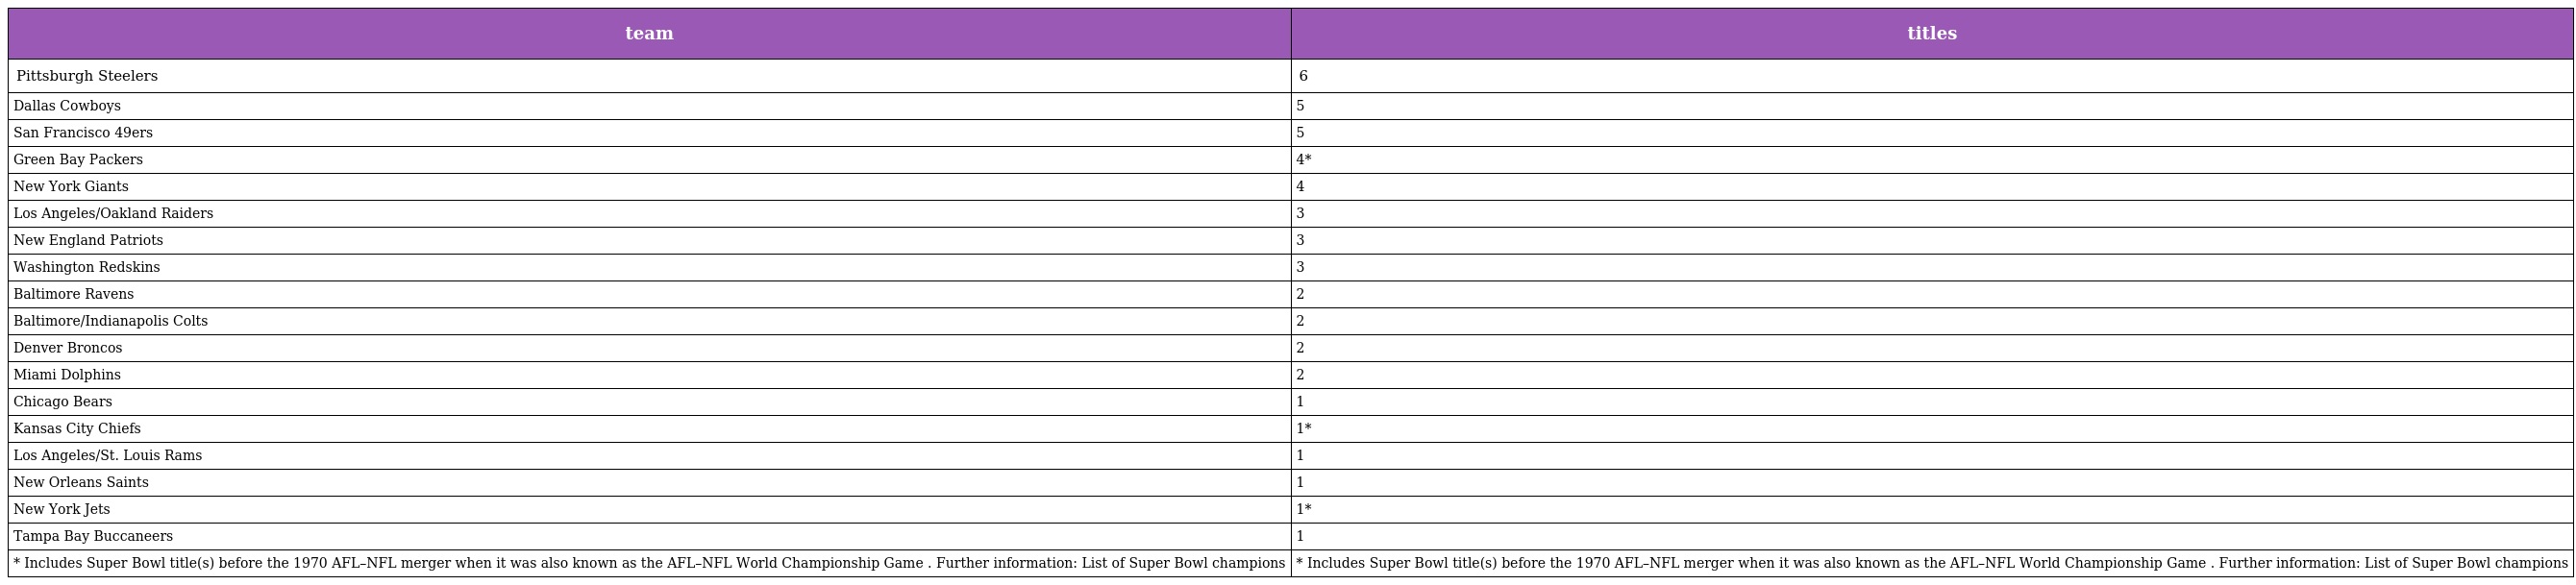
| team | titles |
 | --- | --- |
 | Pittsburgh Steelers | 6 |
 | Dallas Cowboys | 5 |
 | San Francisco 49ers | 5 |
 | Green Bay Packers | 4* |
 | New York Giants | 4 |
 | Los Angeles/Oakland Raiders | 3 |
 | New England Patriots | 3 |
 | Washington Redskins | 3 |
 | Baltimore Ravens | 2 |
 | Baltimore/Indianapolis Colts | 2 |
 | Denver Broncos | 2 |
 | Miami Dolphins | 2 |
 | Chicago Bears | 1 |
 | Kansas City Chiefs | 1* |
 | Los Angeles/St. Louis Rams | 1 |
 | New Orleans Saints | 1 |
 | New York Jets | 1* |
 | Tampa Bay Buccaneers | 1 |
 | * Includes Super Bowl title(s) before the 1970 AFL–NFL merger when it was also known as the AFL–NFL World Championship Game . Further information: List of Super Bowl champions | * Includes Super Bowl title(s) before the 1970 AFL–NFL merger when it was also known as the AFL–NFL World Championship Game . Further information: List of Super Bowl champions |